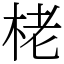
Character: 栳